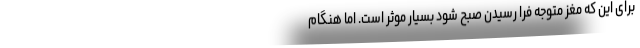
برای این که مغز متوجه فرا رسیدن صبح شود بسیار موثر است. اما هنگام